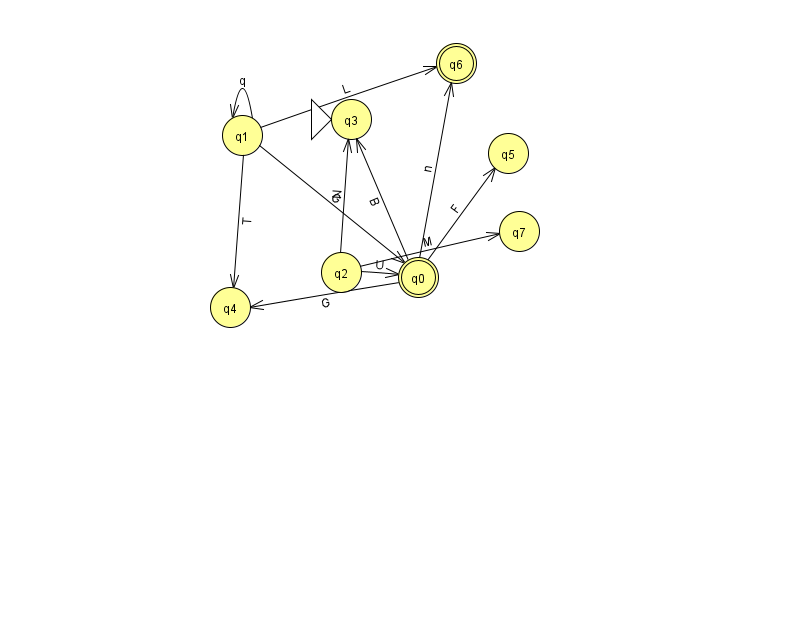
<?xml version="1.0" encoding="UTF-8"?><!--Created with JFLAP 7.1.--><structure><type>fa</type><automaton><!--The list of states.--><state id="0" name="q0"><x>418.0</x><y>264.0</y><final/></state><state id="1" name="q1"><x>242.0</x><y>122.0</y></state><state id="2" name="q2"><x>341.0</x><y>259.0</y></state><state id="3" name="q3"><x>351.0</x><y>106.0</y><initial/></state><state id="4" name="q4"><x>230.0</x><y>294.0</y></state><state id="5" name="q5"><x>508.0</x><y>140.0</y></state><state id="6" name="q6"><x>456.0</x><y>50.0</y><final/></state><state id="7" name="q7"><x>519.0</x><y>218.0</y></state><!--The list of transitions.--><transition><from>0</from><to>5</to><read>F</read></transition><transition><from>1</from><to>0</to><read>G</read></transition><transition><from>1</from><to>1</to><read>q</read></transition><transition><from>0</from><to>4</to><read>G</read></transition><transition><from>1</from><to>6</to><read>L</read></transition><transition><from>0</from><to>3</to><read>B</read></transition><transition><from>0</from><to>6</to><read>n</read></transition><transition><from>2</from><to>0</to><read>U</read></transition><transition><from>1</from><to>4</to><read>T</read></transition><transition><from>2</from><to>3</to><read>N</read></transition><transition><from>2</from><to>7</to><read>M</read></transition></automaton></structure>